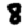
Digit: 8